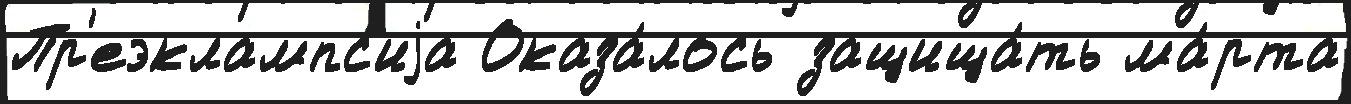
Пр'еэклампс'иjа Оказа́лось защища́ть ма́рта